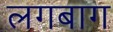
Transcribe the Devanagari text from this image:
लगबाग